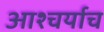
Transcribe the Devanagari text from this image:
आश्चर्याच